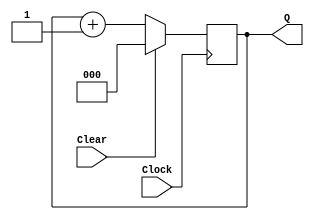
module upcount(Clear, Clock, Q);
	input Clear, Clock;
	output [2:0] Q;
	
	initial begin
		Q <=0;	
	end
	
	reg [2:0] Q;
	always @(posedge Clock)
		if (Clear)
			Q <= 3'b0;
		else
			Q <= Q + 1'b1;
endmodule